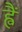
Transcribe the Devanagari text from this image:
ह्वैं